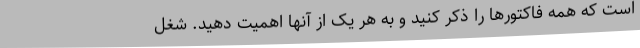
است که همه فاکتورها را ذکر کنید و به هر یک از آنها اهمیت دهید. شغل